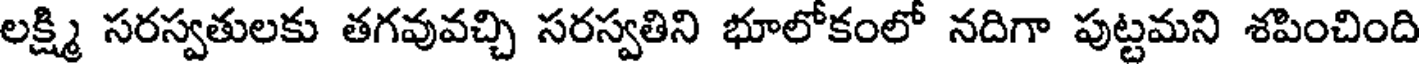
లక్ష్మి సరస్వతులకు తగవువచ్చి సరస్వతిని భూలోకంలో నదిగా పుట్టమని శపించింది